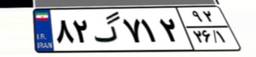
۹۳گ۶۹۲۵۲